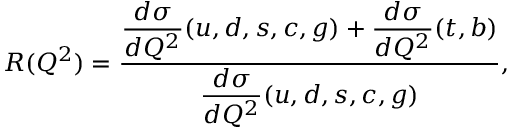
R ( Q ^ { 2 } ) = \frac { \displaystyle \frac { d \sigma } { d Q ^ { 2 } } ( u , d , s , c , g ) + \frac { d \sigma } { d Q ^ { 2 } } ( t , b ) } { \displaystyle \frac { d \sigma } { d Q ^ { 2 } } ( u , d , s , c , g ) } ,